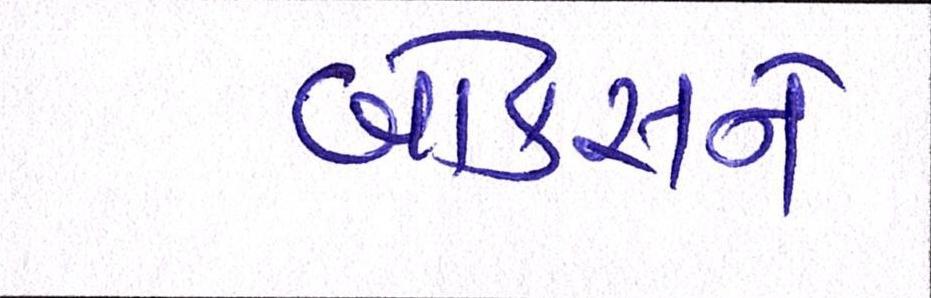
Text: બોક્સને